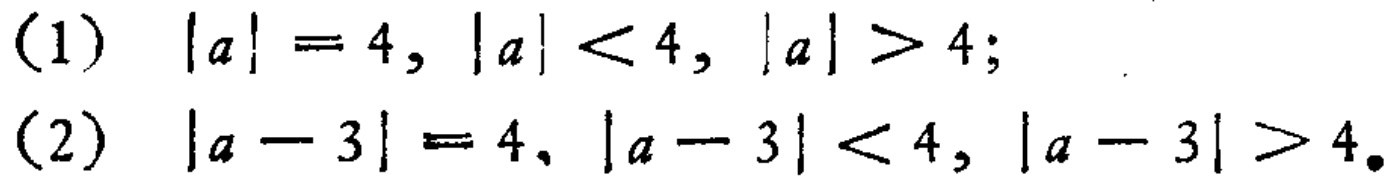
(1) \(|a| = 4,\ |a| < 4,\ |a| > 4;\)
(2) \(|a - 3| = 4,\ |a - 3| < 4,\ |a - 3| > 4.\)